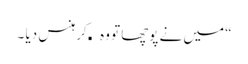
“ میں نے پوچھا تو وہ کھکھلا کر ہنس دیا ۔